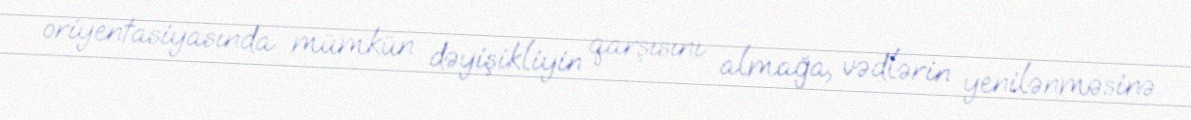
oriyentasiyasında mümkün dəyişikliyin qarşısını almağa, vədlərin yenilənməsinə